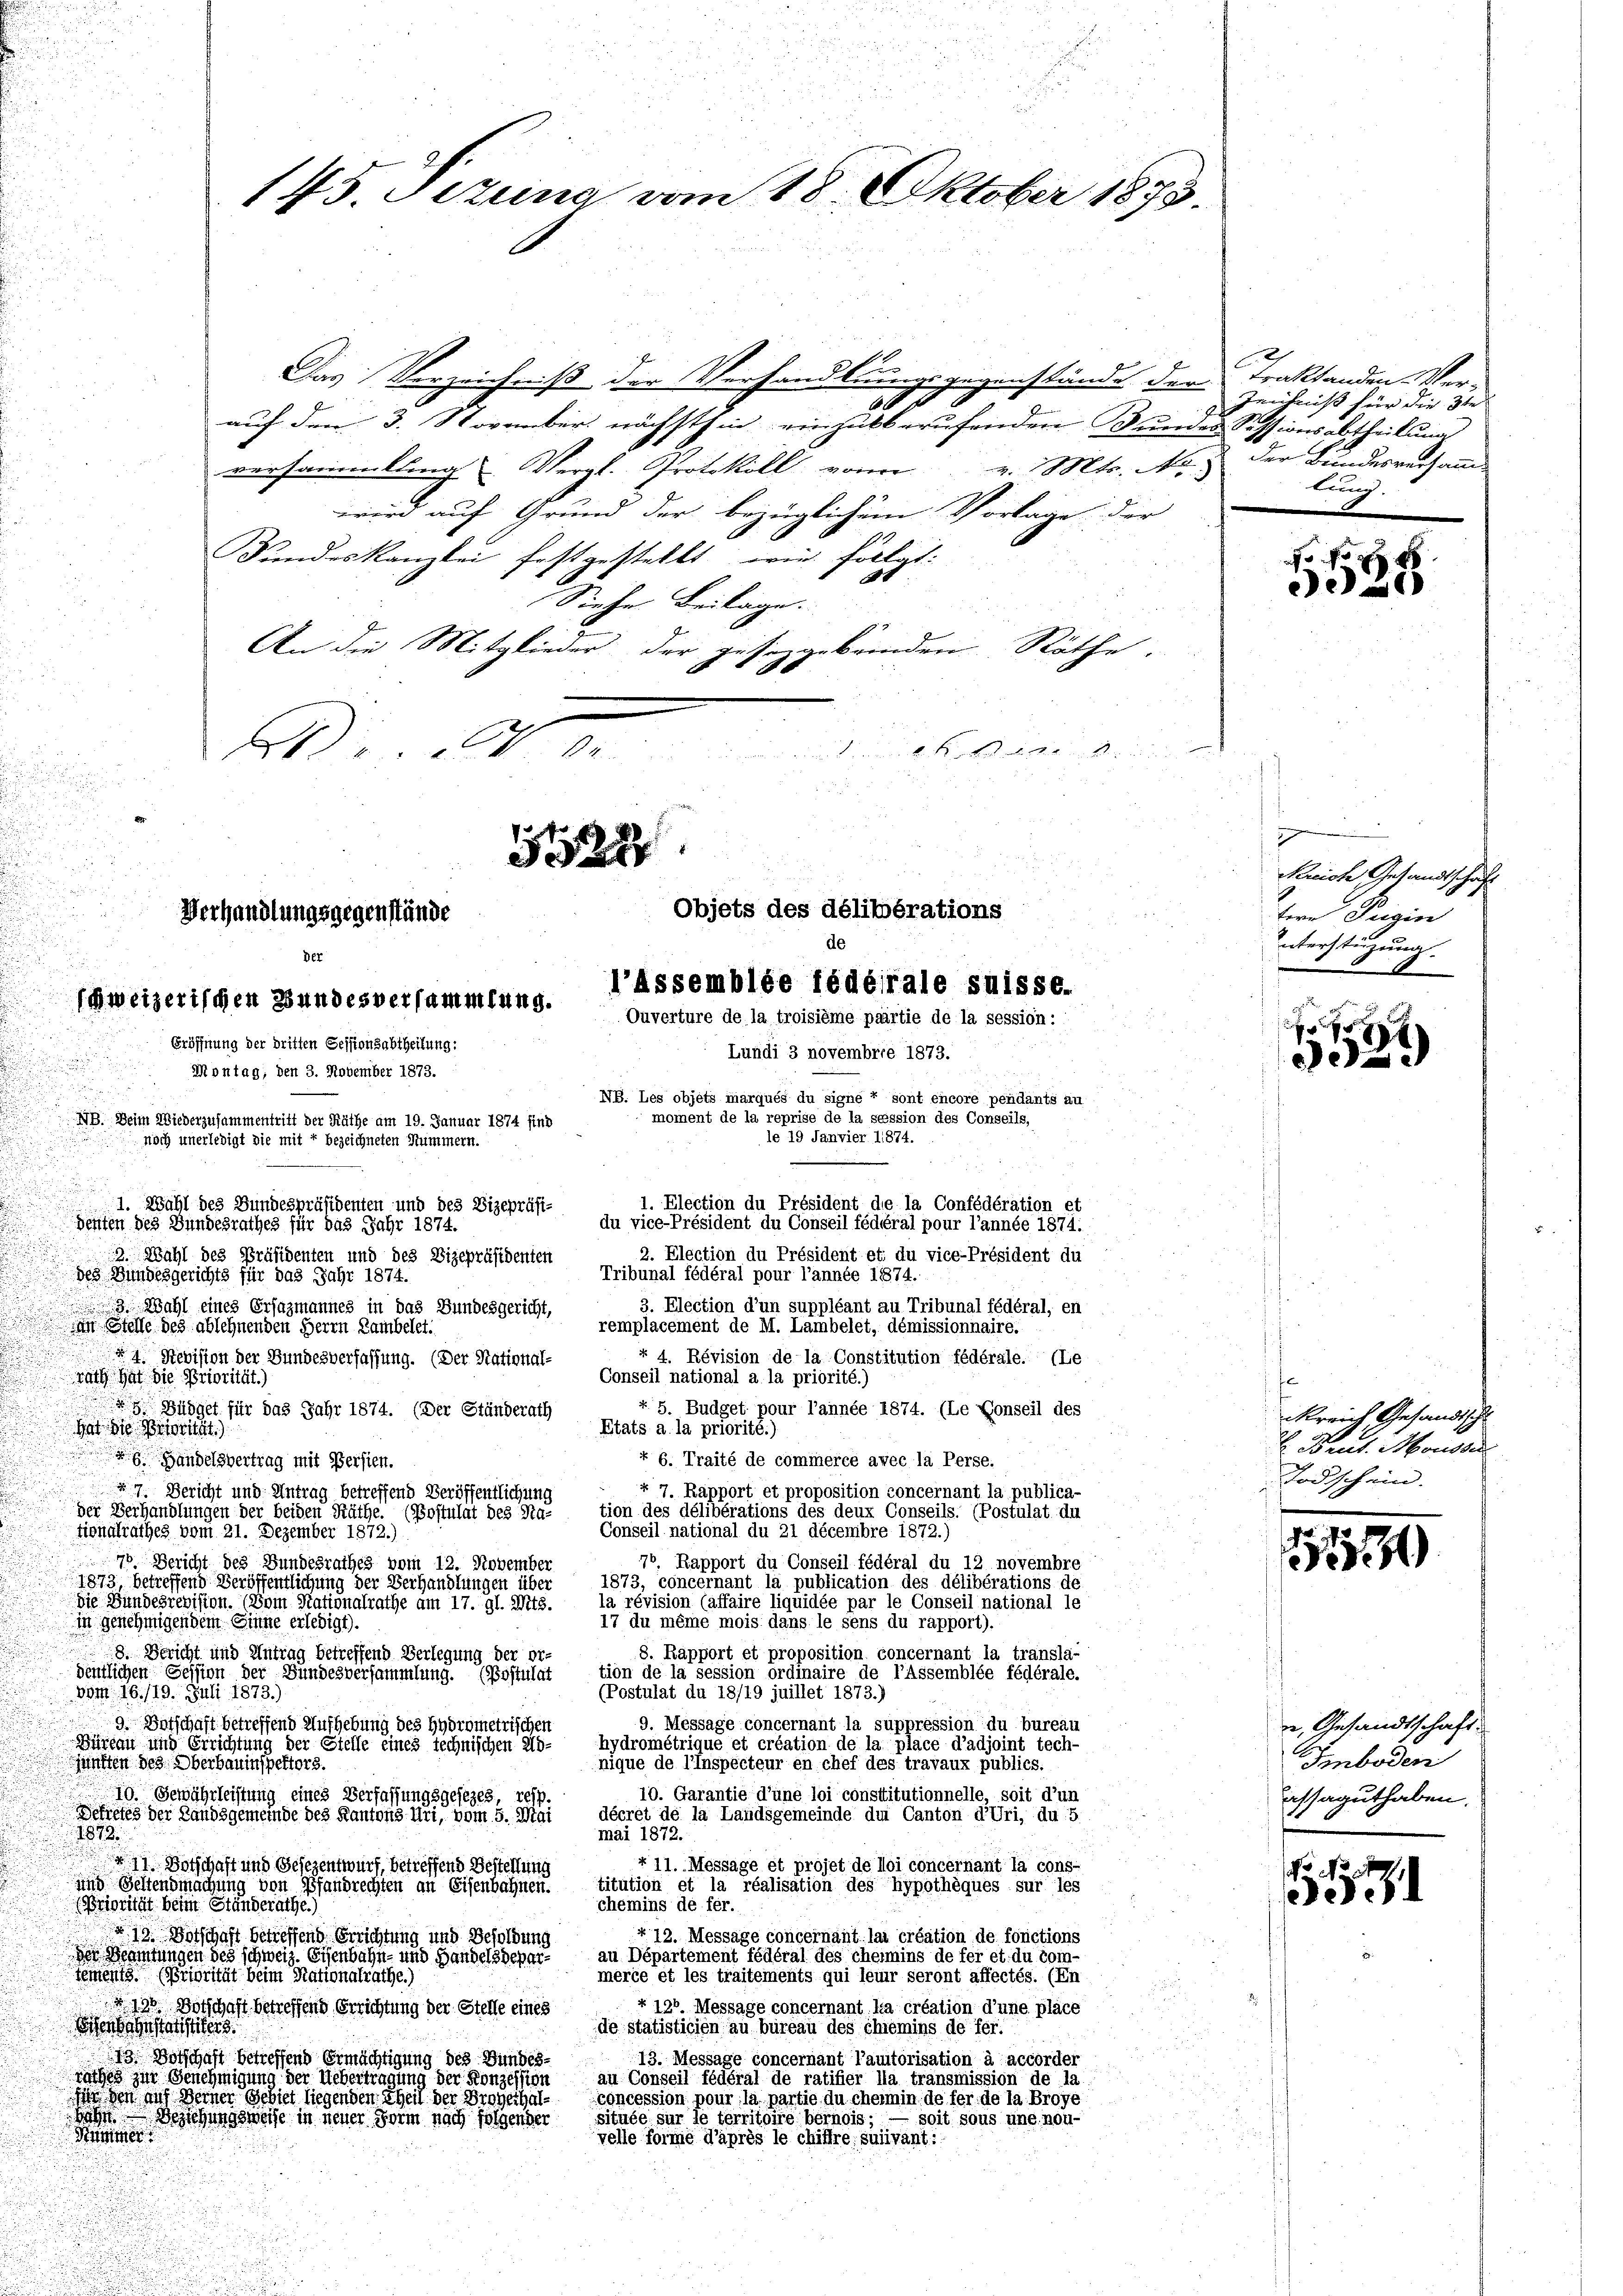
145. Sizung vom 18. Oktober 1873.

Objets des délibérations
Verhandlungsgegenstände
de
Der
.
l’assemblée fédérale suisse.
schweizerischen Bundesversammlung.
Ouverture de la troisième paartie de la session:
Eröffnung der dritten Sessionsabtheilung:
Lundi 3 novembrie 1873.

5522

Montag, den 3. November 1873.
NB. Les objets marqués du signe + sont encore pendants au
moment de la reprise de la session des Conseils,
NB. Beim Wiederzusammentritt der Räthe am 19. Januar 1874 find
noch unerledigt die mit 7 bezeichneten Nummern.
¬
1. Election du Président de la Confédération et
1. Wahl des Bundespräsidenten und des Vizepräsi-
du vice-Président du Conseil fédéral pour l’année 1874:
denten des Bundesrathes für das Jahr 1874.
2. Election du Président et du vice-Président du
3. Wahl des Präsidenten und des Vizepräsidenten
Tribunal fédéral pour l’année 1874.
des Bundesgerichts für das Jahr 1874.
3. Election d’un suppléant au Tribunal fédéral, en
3 Wahl eines Ersazmannes in das Bundesgericht,
remplacement de M. Lambelet, démissionnaire.
An Stelle des ablehnenden Herrn Lambelet.
r 4. Révision de la Constitution fédérale. (Le
4. Revision der Bundesverfassung. (Der Stational-
Conseil national a la priorité.)
Rath hat die Priorität)
+. 5. Budget pour l’année 1874. (Le Konseil des
 Büdget für das Jahr 1874. (Der Ständerath
Etats a la priorité.)
Hat die Priorit
f 6. Traité de commercé avec la Perse.
6. Handelsvertrag mit Persien.
+ 7. Rapport et proposition concernant la publica-
 Bericht und Antrag betreffend Veröffentlichung
tion des délibérations des deux Conseils. (Postulat der
der Verhandlungen der beiden Räthe (Postulat des
Conseil national du 21 décembre 1875)
tionalrathes vom 21. Dezember 1872.)
70 Bericht des Bundesrathes vom 12. November
70, Rapport du Conseil fédéral du 12 novembre
1873, concernant la publication des délibérations de
1873, betreffend Veröffentlichung der Verhandlungen über
la révision (affaire liquidée par le Conseil national le
die Bundesrevision. (Vom Stationalrathe am 17. gl. Mts.
17 du même mois dans le sens du rapport).
in genehmigen dem Sinne erledigt).
8. Rapport et proposition concernant la transla-
8. Bericht und Antrag betreffend Verlegung der or-
tion de la session ordinaire de Pfösemblée fédérale.
demtlichen Session der Bundesversammlung. (Postulat
Vom 16. 119. Juli 1873.)
(Postulat du 18/19 juillet 1873.)
9. Message concernant la suppression du bureau
9. Vorschaft betreffend Aufhebung des Hydrometrischen
hydrométriqué et création de la place d’adjoint tech-
Büreau und Errichtung der Stelle eines Technischen Könique de l’inspecteur en chef des travaux publics.
 sie eine an des Oberbauinspektors.
10. Garantie d’une loi constitutionnelle, soit d’un
10. Gewährleistung eines Verfassungsgesezes, resp.
décrét de la Landsgemeinde der Canton d’Uri, du 5.
Sekretes der Landsgemeinde des Kantons Uri, vom 5. Mai
mai 1872.
1872
+ 11. Message et projet de loi concernant la cons-
71 Botschaft und Gesezentwurf, betreffend Bestellung
titution et la réalisation des hypothèques sur les
und Seltendmachung von Gefandrechten an Eisenbahnen
chemins de fer.
(Priorität beim Standeräthe
+ 12. Message concernant lai création de fonctions
 19. Vorschaft betreffend Errichtung und Besoldung
an Département fédéral des theimins de fer et. du comde Meinungen des schweiz. Eisenbahn- und Handelsdeparmerce et les traitements qui leur seront affectés. (Ein
 ort beim Nationalrathe
+ 121 Message concernant ka création d’une place
§ 190. Vorschaft betreffend Errichtung der Stelle eines
enbahnstantier
de statisticion zu bureau des chiemins de fer¬
13. Botschaft betreffend Ermächtigung des Bundes-
13. Message concernant l’autorisation à accorder
rathes zur Genehmigung der eine eine einen einen gegen der Konzession
au Conseil fédéral de ratifier la transmission de la
n und Deiner Gebiet liegenden Ehen der Proberhal
concession pour la partie du cheimin, de fer de la Broye
située sur le territoire bernois; — soit sous une non-
te Beschungsweise in neuer Form nach folgender
Himmer
velle forme d’après le chiffre suivant:

Das Verzeichniß der Verhandlungsgegenstände der Traktanden-Ver-
84 x
auf den 3. November nächsthin einzukberufenden Bundes Sessionsabtheilung
versammling Vergl. Protokoll von v. Mts. No. 2 der Bundesverhande
wird auf Grund der bezüglichen Vorlage der
Kundeskanzlei festgestellt, wie folgt.
Siese Beilage.
An die Mitglieder der gesorgebenden Räthe.

DDr. Mts.

le 19 Janvier 11874.

Zeichniß für die 3te
lung.

e

17
Rreich Gesandtschaft
tere Peigin
nterstüzung

4
)
ed

kreich Gesandtschl
 Brut. Moussi
Todschein.

51530

n, Gesandtschaft.
Smboden
Cassaguthaben.

f
ee